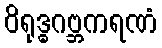
ဝိရုဒ္ဓဂဗ္ဘကရဏံ